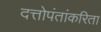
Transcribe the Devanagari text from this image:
दत्तोपंतांकरिता